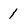
Character: 1